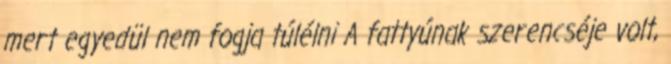
mert egyedül nem fogja túlélni A fattyúnak szerencséje volt,